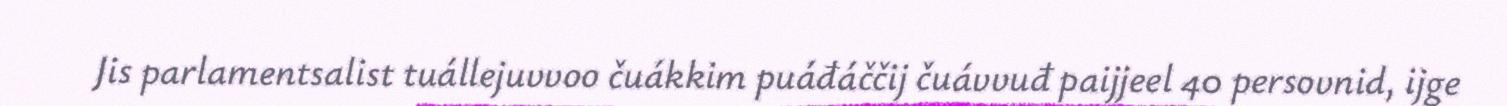
Jis parlamentsalist tuállejuvvoo čuákkim puáđáččij čuávvuđ paijjeel 40 persovnid, ijge